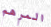
المرهم